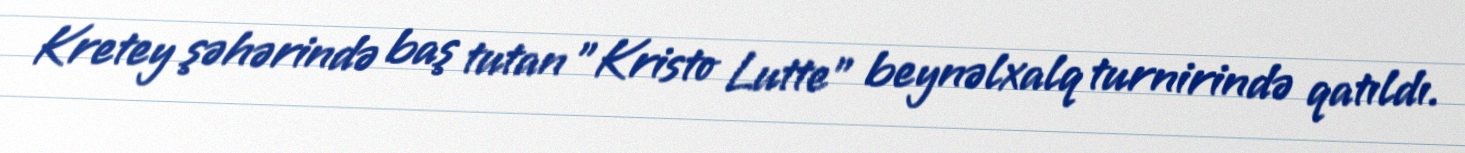
Kretey şəhərində baş tutan "Kristo Lutte" beynəlxalq turnirində qatıldı.